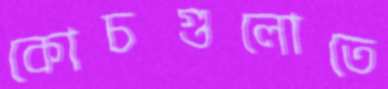
কোচগুলোতে